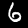
Label: 6